Report of the Municipal Commissioner on the plague in Bombay for the year ending 31st May... - Volume 1
Disease focus: Plague
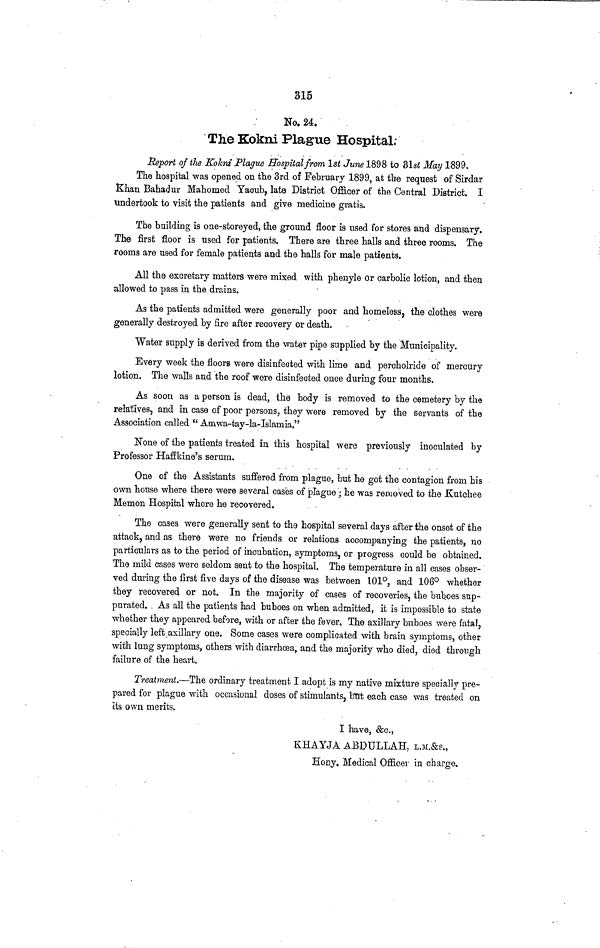
315
No. 24.
The Kokni Plague Hospital.
Report of the Kokni Plague Hospital from 1st June 1898 to 8lst May 1899.
The hospital was opened on the 3rd of February 1899, at the request of Sirdar
Khan Bahadur Mahomed Yaoub, late District Officer of the Central District. I
Undertook to visit the patients and give medicine gratis.
The building is one-storeyed, the ground floor is used for stores and dispensary.
The first floor is used for patients. There are three halls and three rooms. The
rooms are used for female patients and the halls for male patients.
All the excretary matters were mixed with phenyle or carbolic lotion, and then
allowed to pass in the drains.
As the patients admitted were generally poor and homeless, the clothes were
generally destroyed by fire after recovery or death.
Water supply is derived from the water pipe supplied by the Municipality.
Every week the floors were disinfected with lime and percholride of mercury
lotion. The walls and the roof were disinfected once during four months.
As soon as a person is dead, the body is removed to the cemetery by the
relatives, and in case of poor persons, they were removed by the servants of the
Association called " Amwa-tay-la-Islaniia."
None of the patients treated in this hospital were previously inoculated by
Professor Haffkine's serum.
One of the Assistants suffered from plague, but he got the contagion from his
own house where there were several cases of plague; he was removed to the Kutchee
Memon Hospital where he recovered.
The cases were generally sent to the hospital several days after the onset of the
attack, and as there were no friends or relations accompanying the patients, no
particulars as to the period of incubation, symptoms, or progress could be obtained.
The mild cases were seldom sent to the hospital. The temperature in all cases obser-
ved during the first five days of the disease was between 101°, and 106° whether
they recovered or not. In the majority of cases of recoveries, the bub.oes sup-
purated. As all the patients had buboes on when admitted, it is impossible to state
whether they appeared before, with or after the fever. The axillary buboes were fatal,
specially left axillary one. Some cases were complicated with brain symptoms, other
with lung symptoms, others with diarrhoea, and the majority who died, died through
failure of the heart.
Treatment.—The ordinary treatment I adopt is my native mixture specially pre-
pared for plague with occasional doses of stimulants, but each case was treated on
its own merits.
I have, &c.,
KHAYJA ABDULLAH, L.M.&S.,
Eony, Medical Officer in charge.